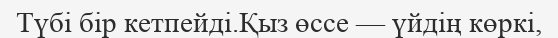
Түбі бір кетпейді.Қыз өссе — үйдің көркі,